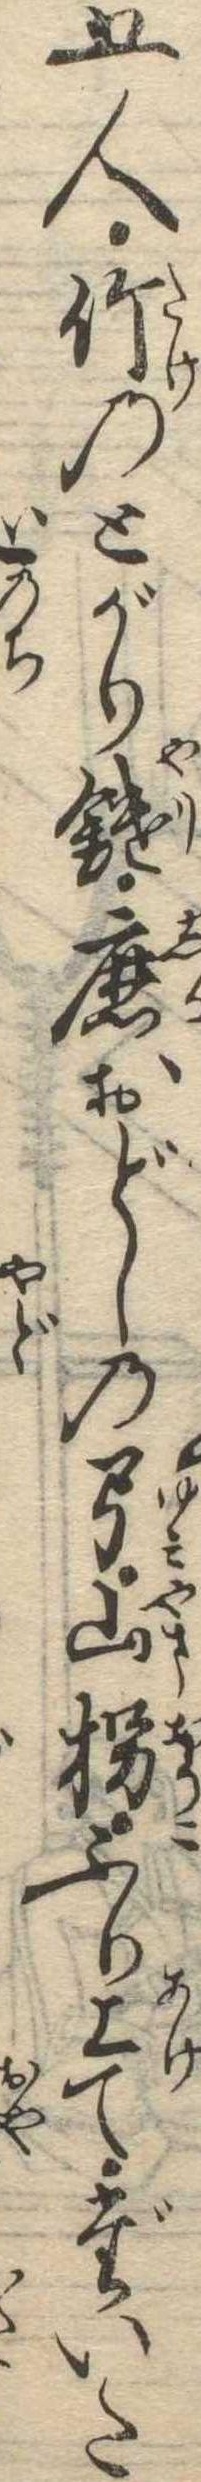
五人竹のとがり鑓鹿おどしの弓山拐ふり上てだいた